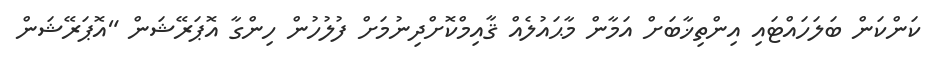
ކަންކަން ބަލަހައްޓައި އިންތިޚާބަށް އަމާން މާޙައުލެއް ޤާއިމްކޮށްދިނުމަށް ފުލުހުން ހިންގާ އޮޕަރޭޝަން "އޮޕަރޭޝަން